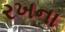
રખના